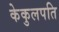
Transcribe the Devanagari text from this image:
केकुलपति